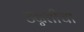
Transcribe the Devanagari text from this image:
उन्नतीचा